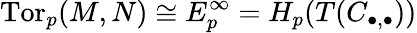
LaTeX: \operatorname{Tor}_{p}(M,N)\cong E_{p}^{\infty}=H_{p}(T(C_{\bullet,\bullet}))